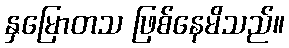
နှမြောတသ ဖြစ်နေမိသည်။